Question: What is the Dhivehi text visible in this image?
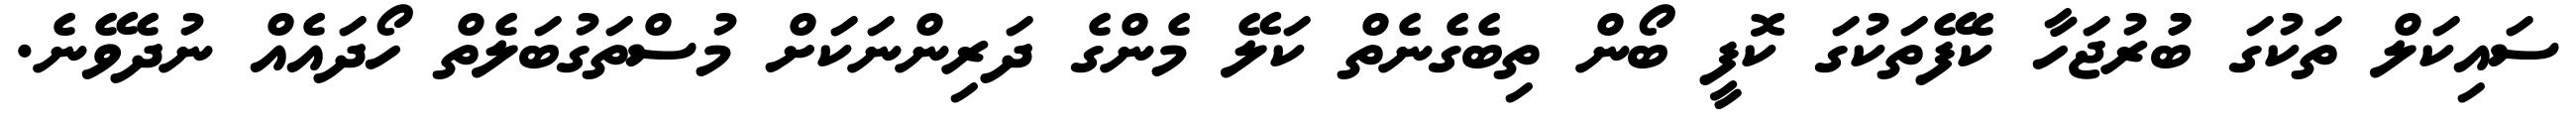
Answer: ސައިކަލް ތަކުގަ ބުުރުޖަހާ ކެފޭތަކުގަ ކޮފީ ބޯން ތިބެގެނެތް ކަލޭ މެންގެ ދަރިންނަކަށް މުސްތަގުބަލެތް ހޯދައެއް ނުދެވޭނެ.